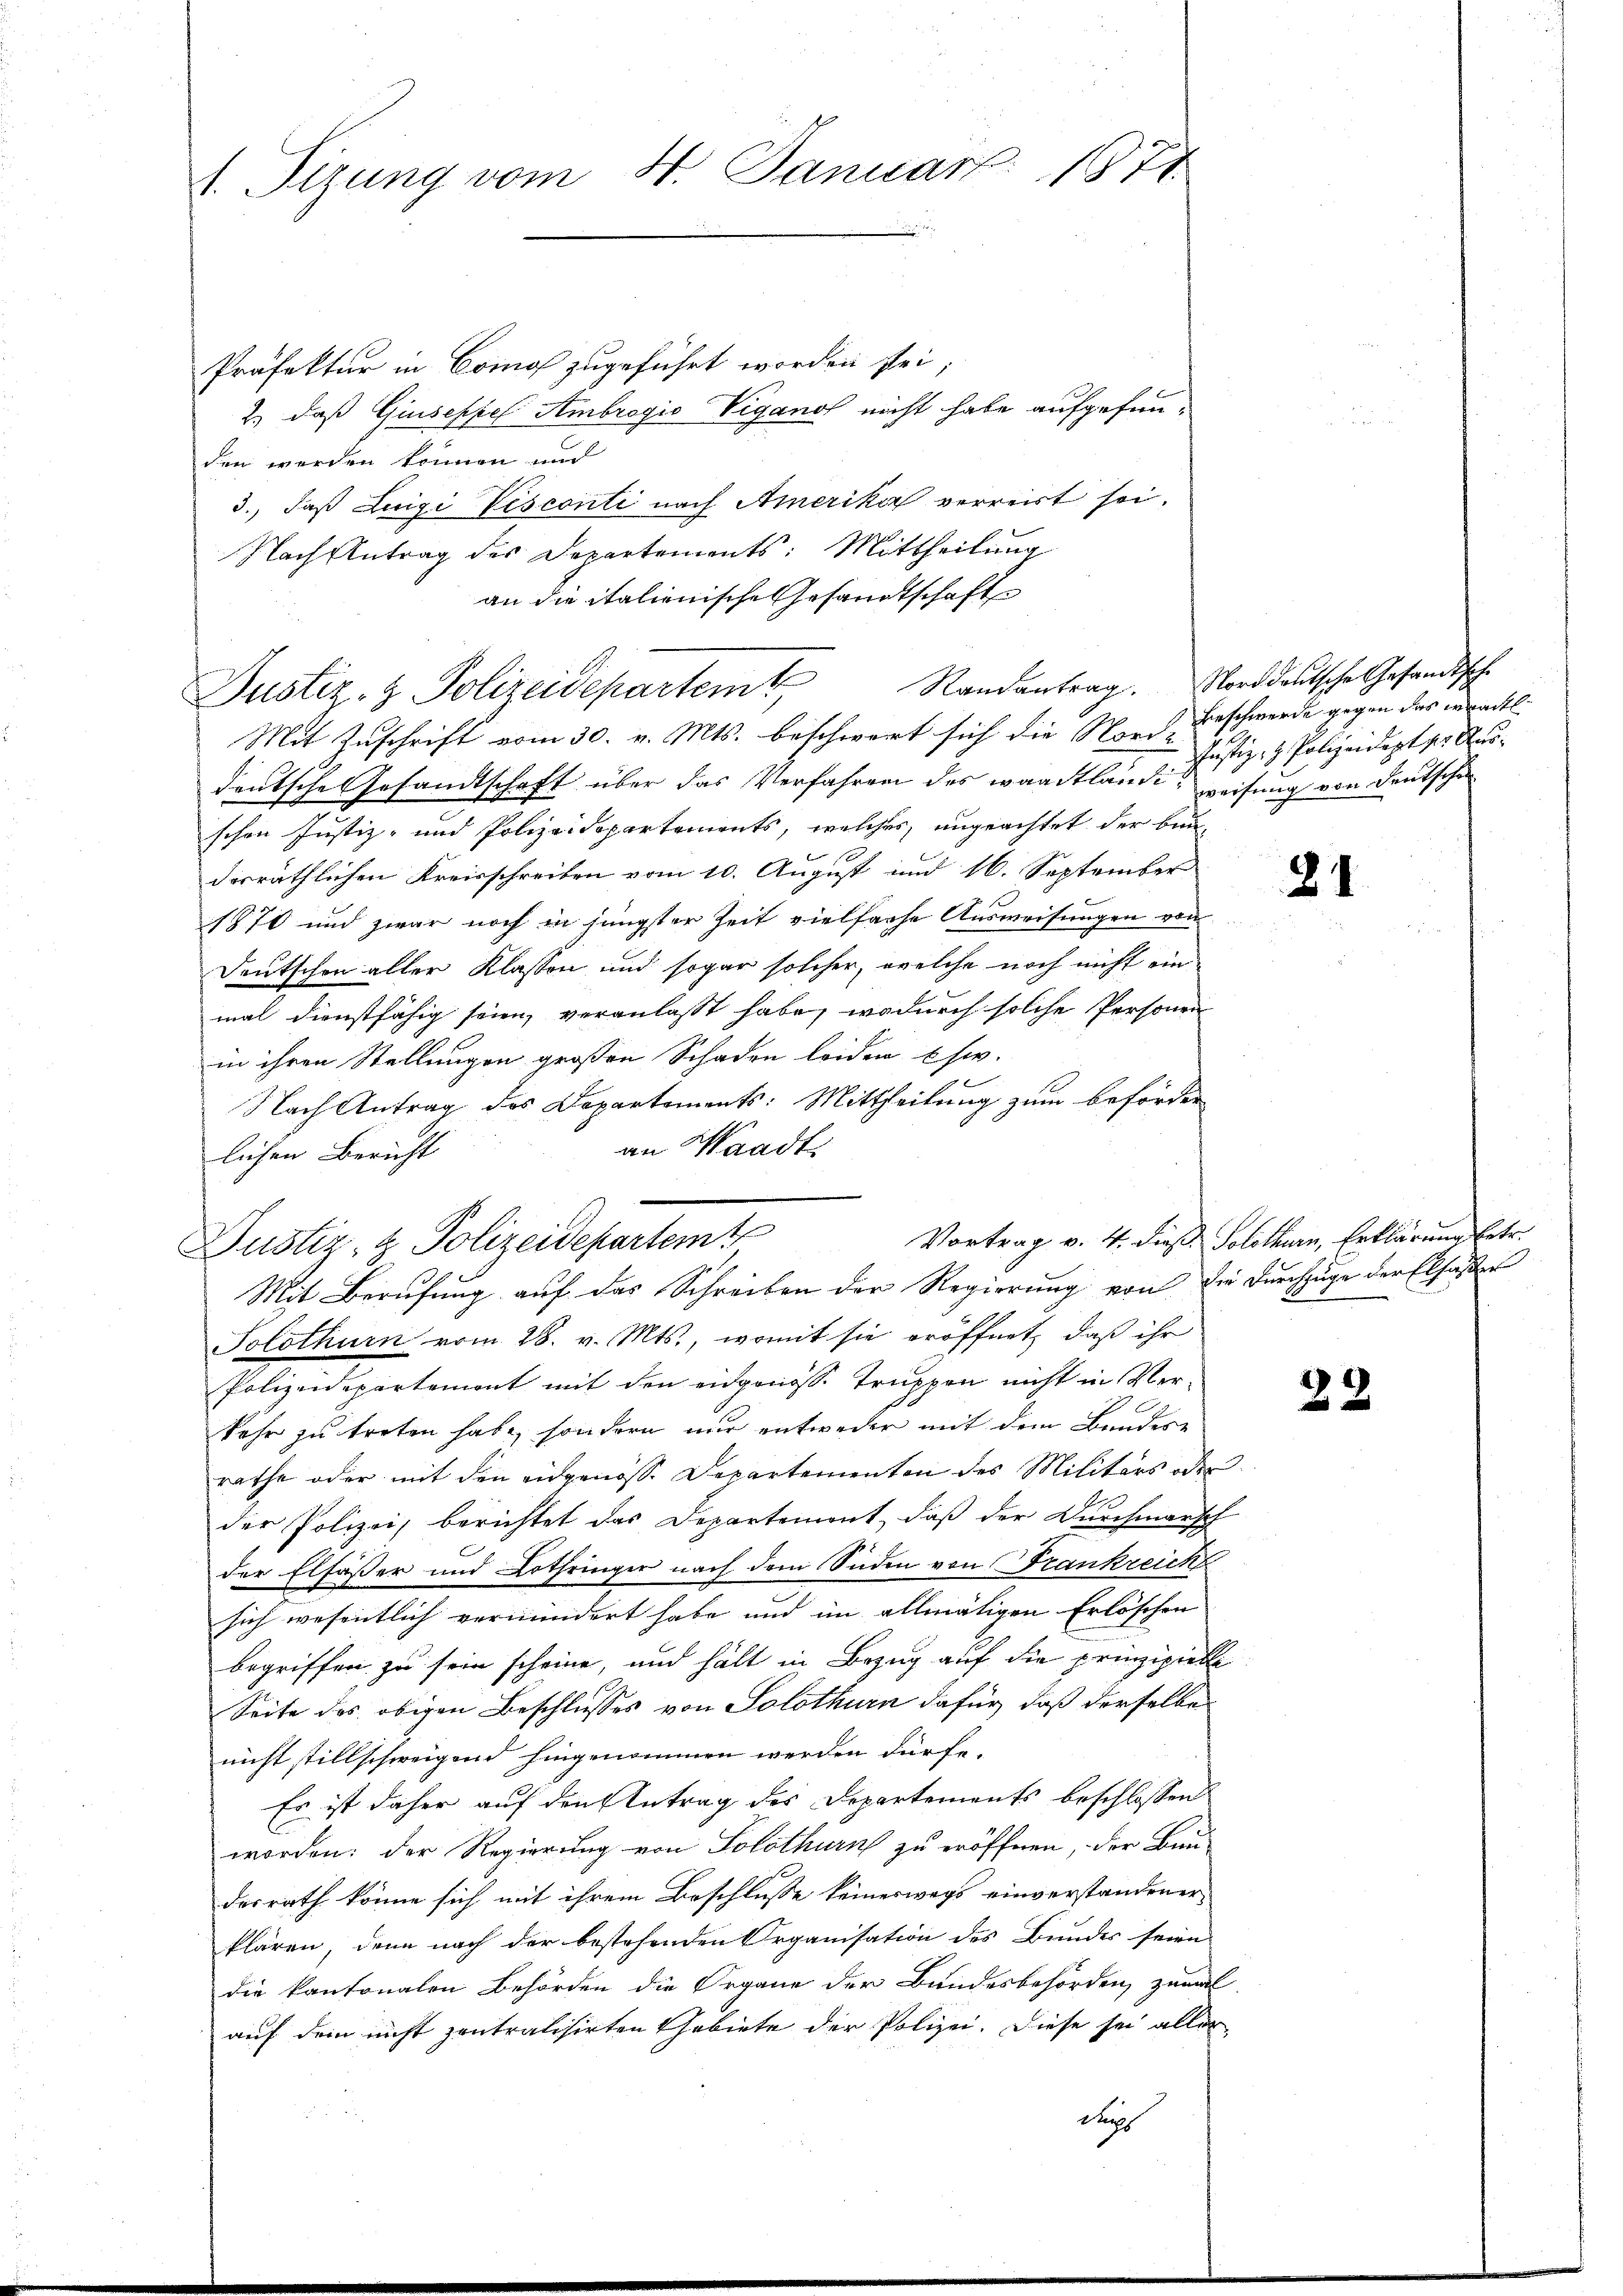
1. Tizung vom 4. Januar 1871

Präfektur in Como zugeführt worden sei;
2.) daß Giuseppel Ambrogio Vigano nicht habe aufgefunden werden können und
3., daß Luigi Vesconti nach Amerika verreist sei.
Nach Antrag des Departements: Mittheilung
an die italienische Gesandtschaft
Mit Zuschrift vom 30. v. Mts. beschwert sich die Norch Beschwerde gegen das machtl.
deutsche Gesandtschaft über das Verfahren des waadtlände, zeifung von deutschen
schon Justiz- und Polizeidepartements, welches, ungeachtet der bun
desräthlichen Kreisschreiben vom 10. August und 16. September
1870 und zwar noch in jüngster Zeit vielfache Ausweisungen vom
Deutschon aller Klassen und sogar solcher, welche noch nicht ein
mal dienstfähig seien, veranlaßt habe, wodurch solche Personen
in ihren Stellungen großen Schaden leiden usw.
Nach Antrag des Departements: Mittheilung zum beförder
an Waadt
lichen Bericht
Justiz- & Polizeidepartemt
Mit Berufung auf das Schreiben der Regierung von die Durchzüge der Elsasser
Solothurn vom 28. v. Mts., womit sie eröffnet, daß ihr
Polizeidepartemont mit den eidgenösse Truppen nicht in Verkehr zu treten habe, sondern nur entweder mit dem Bundere
rathe oder mit den eidgenosse Departementen des Militärs oder
d
der Polizei, berichtet das Departemont, daß der Durchmarsch
der Elfäßer und Lothringer nach dem Süden von Frankreich
sich wesentlich vermindert habe und im allmäligen Erlöschen
begriffen zu sein scheine, und hält in Bezug auf die prinzipielle
Seite des obigen Beschlusses von Solothurn dafür, daß derselbe
nicht stillschweigend hingenommen werden dürfe.
Es ist daher auf den Antrag des Departements beschlossen
worden: der Regierung von Solothurn zu eröffnen, der Bau-
desrath könne sich mit ihrem Beschlusse keineswegs einverstandener
klären, denn nach der bestehenden Organisation des Bundes seien
die kantonalen Behörden die Organe der Bundesbehörden, zumal
auf dem nicht zentratisirten Gebiete der Polizei. Diese sei aller
durchs

Justiz- & Polizeidepartem Randantrag. Norddeutsche Gesandtsche

Justiz- & Polizeidept der Aus¬

9.

24

Vortrag v. 4. dieß Solothurn, Erklärung betr.

22